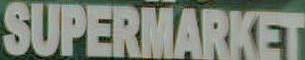
SUPERMARKET